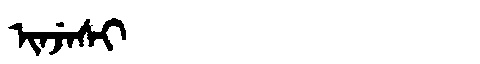
Manchu: ᡳᠨᠵᡝᠰᡳ
Romanization: INJESI